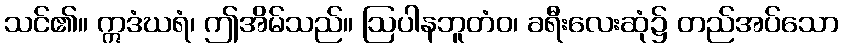
သင်၏။ ဣဒံဃရံ၊ ဤအိမ်သည်။ ဩပါနဘူတံဝ၊ ခရီးလေးဆုံ၌ တည်အပ်သော